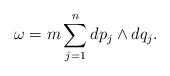
LaTeX: \begin{align*}\omega=m\sum_{j=1}^n dp_j\wedge dq_j.\end{align*}